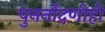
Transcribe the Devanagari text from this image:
पुनर्नोंदणीही